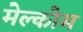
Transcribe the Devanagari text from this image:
मेल्कोम